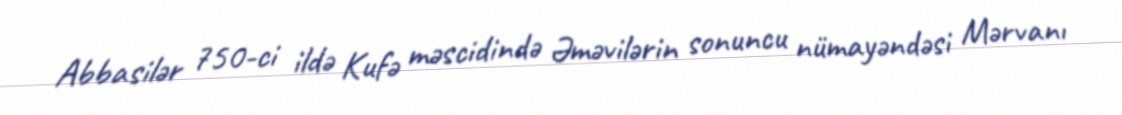
Abbasilər 750-ci ildə Kufə məscidində Əməvilərin sonuncu nümayəndəsi Mərvanı